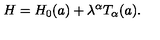
H = H _ { 0 } ( a ) + \lambda ^ { \alpha } T _ { \alpha } ( a ) .